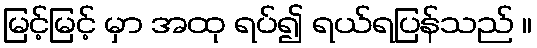
မြင့်မြင့် မှာ အထု ရပ်၍ ရယ်ရပြန်သည် ။